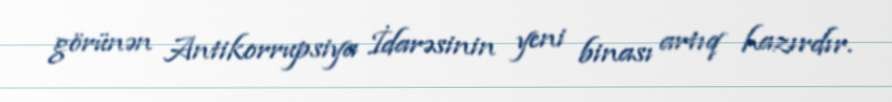
görünən Antikorrupsiya İdarəsinin yeni binası artıq hazırdır.